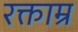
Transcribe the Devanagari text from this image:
रक्ताम्र